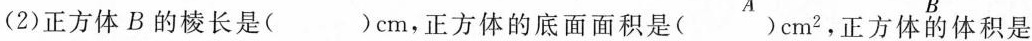
(2)正方体B的棱长是()cm，正方体的底面面积是()cm^{2}，正方体的体积是